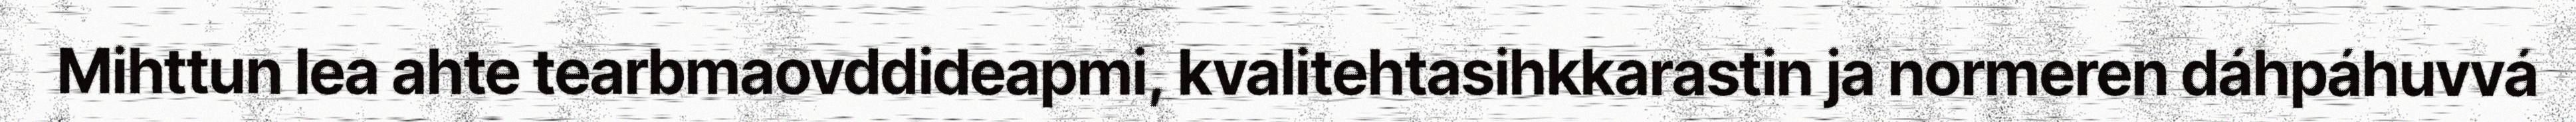
Mihttun lea ahte tearbmaovddideapmi, kvalitehtasihkkarastin ja normeren dáhpáhuvvá